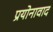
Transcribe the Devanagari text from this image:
प्रयोनावाद